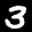
Label: 3